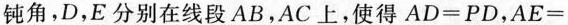
钝角，D，E分别在线段AB，AC上，使得$$A D = P D$$，$$A E =